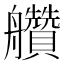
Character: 𦫅